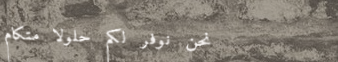
نحن نوفر لكم حلولاً متكام